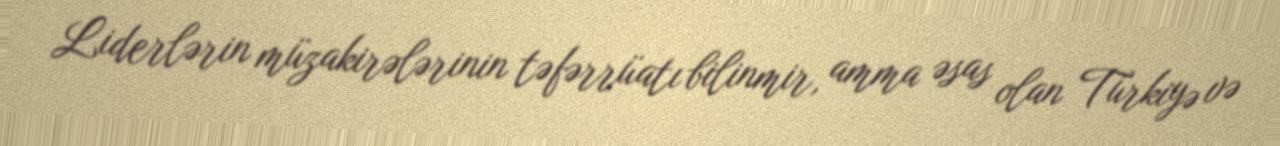
Liderlərin müzakirələrinin təfərrüatı bilinmir, amma əsas olan Türkiyə və